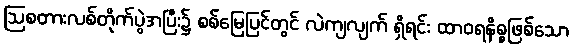
ဩစတားလစ်တိုက်ပွဲအပြီး၌ စစ်မြေပြင်တွင် လဲကျလျက် ရှိရင်း ထာဝရနိစ္စဖြစ်သော